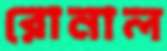
রোনাল